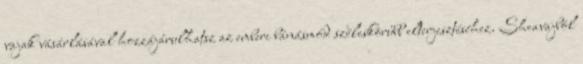
vajak vásárlásával hozzájárulhatsz az emberi bánásmód széleskörűbb elterjesztéséhez. Sheavajból